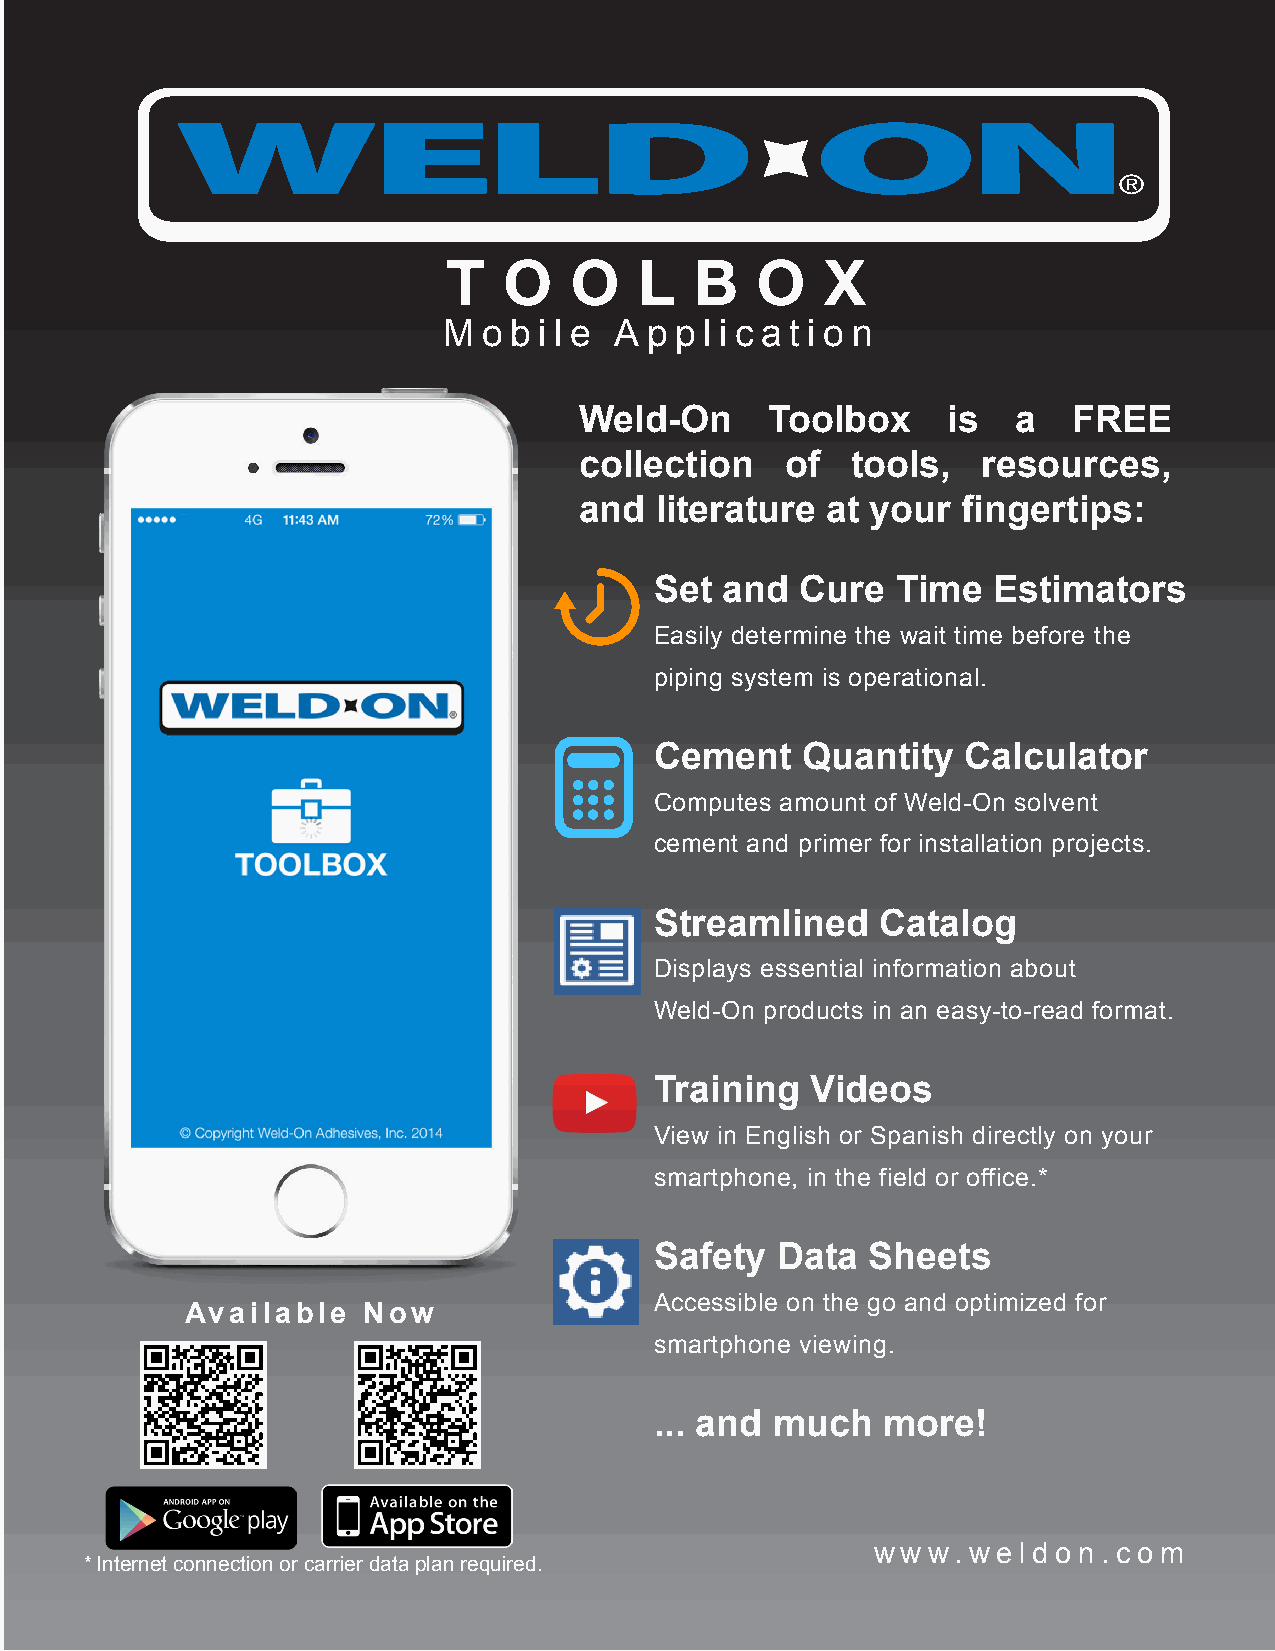
T  O    O   L   B   O    X
 M  o b i l e A p p l i c a t i o n
 Weld-On      Toolbox     is  a   FREE
 collection    of  tools,   resources,
 and  literature  at your  fingertips:
 Set  and  Cure  Time   Estimators
 Easily determine the wait time before the
 piping system is operational.
 Cement    Quantity   Calculator
 Computes amount of Weld-On solvent
 cement and primer for installation projects.
 Streamlined    Catalog
 Displays essential information about
 Weld-On products in an easy-to-read format.
 Training   Videos
 View in English or Spanish directly on your
 smartphone, in the field or office.*
 Safety  Data   Sheets
 Accessible on the go and optimized for
 Available   Now
 smartphone viewing.
 ... and much   more!
 w w w. w e l d o n . c o m
 * Internet connection or carrier data plan required.